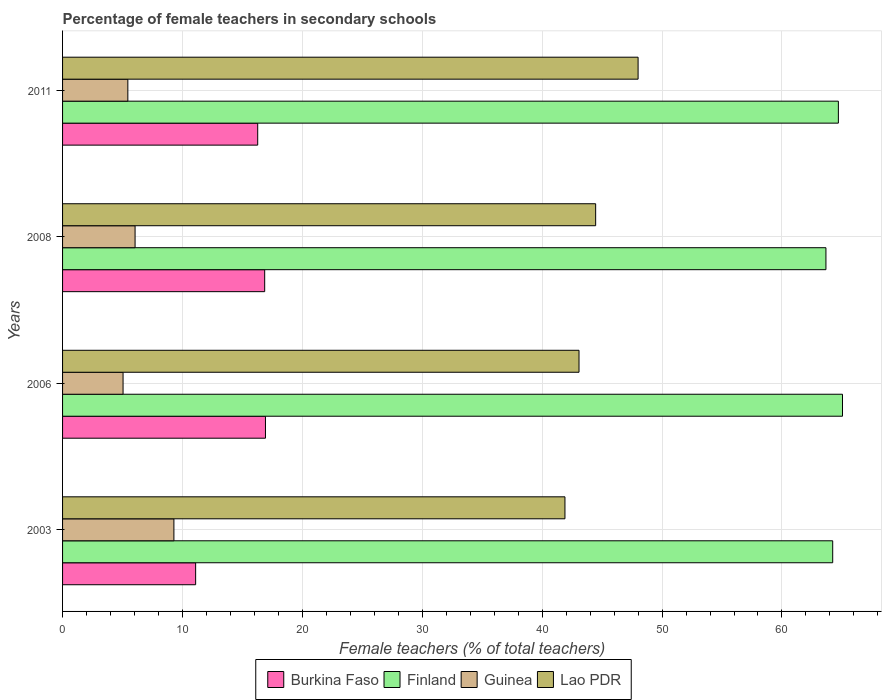
| Years | Burkina Faso | Finland | Guinea | Lao PDR |
 | --- | --- | --- | --- | --- |
 | 2003 | 11.1 | 64.2 | 9.29 | 41.9 |
 | 2006 | 16.9 | 65 | 5.05 | 43.1 |
 | 2008 | 16.9 | 63.7 | 6.05 | 44.5 |
 | 2011 | 16.3 | 64.7 | 5.44 | 48 |